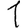
Digit: 1